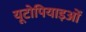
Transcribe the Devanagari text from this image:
यूटोपियाइओं